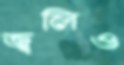
জ্বলিও